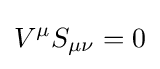
V^{\mu }S_{\mu \nu }=0